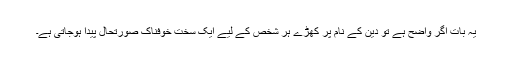
یہ بات اگر واضح ہے تو دین کے نام پر کھڑے ہر شخص کے لیے ایک سخت خوفناک صورتحال پیدا ہوجاتی ہے۔